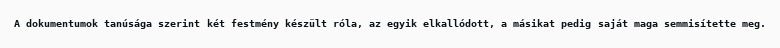
A dokumentumok tanúsága szerint két festmény készült róla, az egyik elkallódott, a másikat pedig saját maga semmisítette meg.